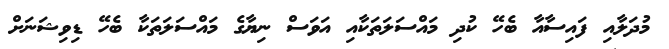
މުދަލާއި ފައިސާއާ ބެހޭ ކުދި މައްސަލަތަކާއި އަވަސް ނިޔާގެ މައްސަލަތަކާ ބެހޭ ޑިވިޝަނަށް